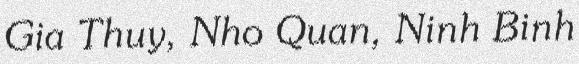
Gia Thuy, Nho Quan, Ninh Binh